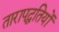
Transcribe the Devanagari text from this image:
तारापद्धतियों